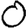
Digit: 0